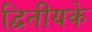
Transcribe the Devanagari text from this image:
द्वितीयके